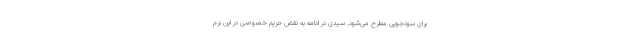
برای سودجویی مطرح می‌شود. سیدی در ادامه به نقض حریم خصوصی در این نرم